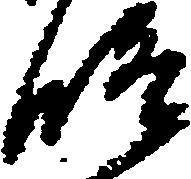
修